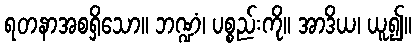
ရတနာအစရှိသော။ ဘဏ္ဍံ၊ ပစ္စည်းကို။ အာဒိယ၊ ယူ၍။